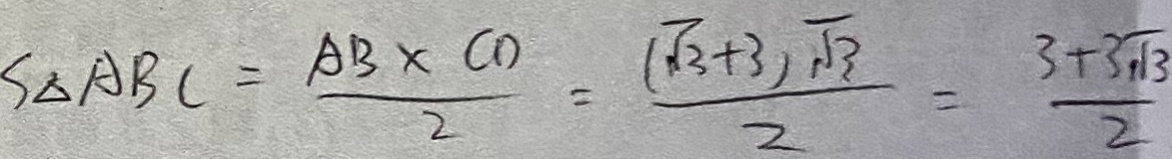
S _ { \Delta } A B C = \frac { A B \times C D } { 2 } = \frac { ( \sqrt { 3 } + 3 ) \sqrt { 3 } } { 2 } = \frac { 3 + 3 \sqrt { 3 } } { 2 }